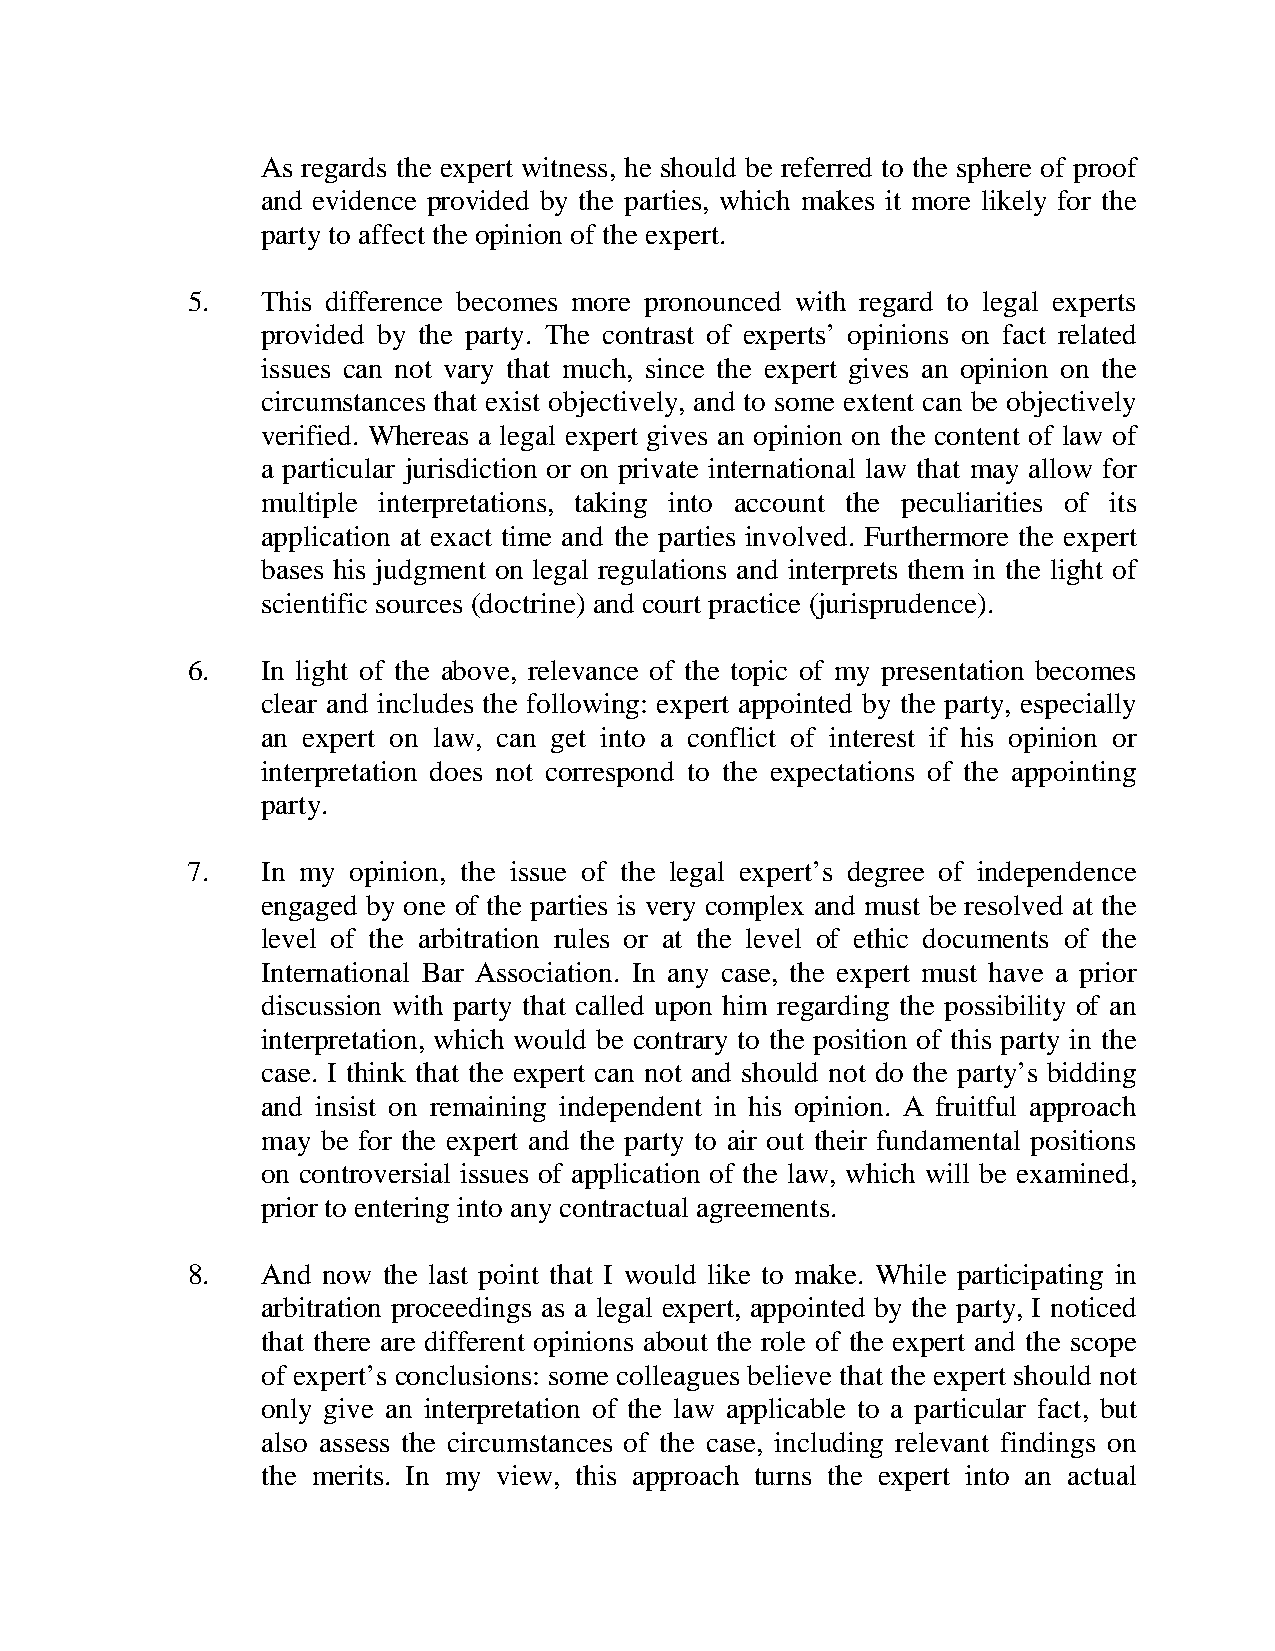
As regards the expert witness, he should be referred to the sphere of proof
 and evidence provided by the parties, which makes it more likely for the
 party to affect the opinion of the expert.
 5.   This difference becomes more pronounced with regard to legal experts
 provided by the party. The contrast of experts’ opinions on fact related
 issues can not vary that much, since the expert gives an opinion on the
 circumstances that exist objectively, and to some extent can be objectively
 verified. Whereas a legal expert gives an opinion on the content of law of
 a particular jurisdiction or on private international law that may allow for
 multiple interpretations, taking into account the peculiarities of its
 application at exact time and the parties involved. Furthermore the expert
 bases his judgment on legal regulations and interprets them in the light of
 scientific sources (doctrine) and court practice (jurisprudence).
 6.   In light of the above, relevance of the topic of my presentation becomes
 clear and includes the following: expert appointed by the party, especially
 an expert on law, can get into a conflict of interest if his opinion or
 interpretation does not correspond to the expectations of the appointing
 party.
 7.   In my opinion, the issue of the legal expert’s degree of independence
 engaged by one of the parties is very complex and must be resolved at the
 level of the arbitration rules or at the level of ethic documents of the
 International Bar Association. In any case, the expert must have a prior
 discussion with party that called upon him regarding the possibility of an
 interpretation, which would be contrary to the position of this party in the
 case. I think that the expert can not and should not do the party’s bidding
 and insist on remaining independent in his opinion. A fruitful approach
 may be for the expert and the party to air out their fundamental positions
 on controversial issues of application of the law, which will be examined,
 prior to entering into any contractual agreements.
 8.   And now the last point that I would like to make. While participating in
 arbitration proceedings as a legal expert, appointed by the party, I noticed
 that there are different opinions about the role of the expert and the scope
 of expert’s conclusions: some colleagues believe that the expert should not
 only give an interpretation of the law applicable to a particular fact, but
 also assess the circumstances of the case, including relevant findings on
 the merits. In my view, this approach turns the expert into an actual